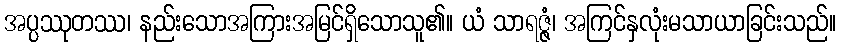
အပ္ပဿုတဿ၊ နည်းသောအကြားအမြင်ရှိသောသူ၏။ ယံ သာရဇ္ဇံ၊ အကြင်နှလုံးမသာယာခြင်းသည်။